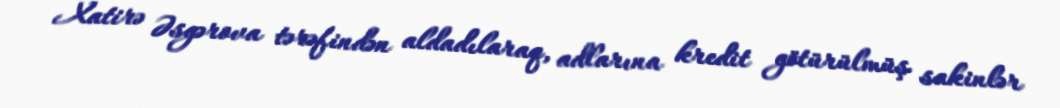
Xatirə Əsgərova tərəfindən aldadılaraq, adlarına kredit götürülmüş sakinlər